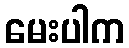
မေးပါက